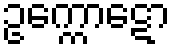
ဥက္ကောဋော